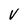
Character: V